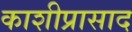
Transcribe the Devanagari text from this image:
काशीप्रासाद